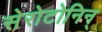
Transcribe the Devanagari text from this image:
सेरोटोनिन्